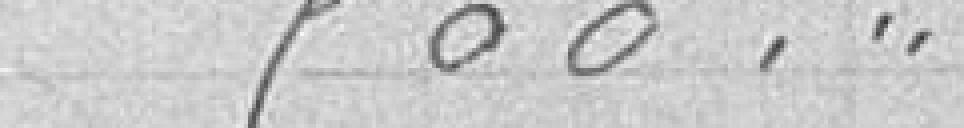
500,"